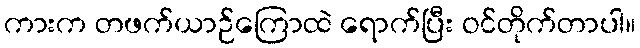
ကားက တဖက်ယာဉ်ကြောထဲ ရောက်ပြီး ဝင်တိုက်တာပါ။